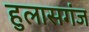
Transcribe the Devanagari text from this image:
हुलासगंज